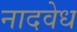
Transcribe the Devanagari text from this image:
नादवेध